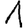
Digit: 1